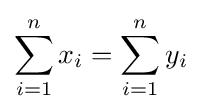
\sum _{i=1}^{n}x_{i}=\sum _{i=1}^{n}y_{i}